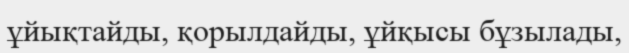
ұйықтайды, қорылдайды, ұйқысы бұзылады,